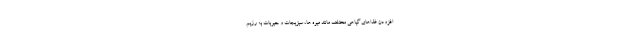
افزودن غذاهای گیاهی مختلف مانند میوه ها، سبزیجات و حبوبات به رژیم